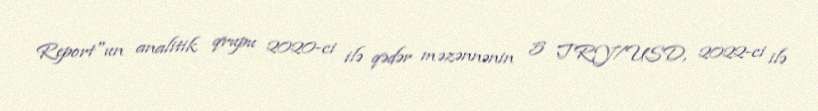
Report"un analitik qrupu 2020-ci ilə qədər məzənnənin 5 TRY/USD, 2022-ci ilə